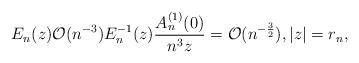
LaTeX: \begin{align*}E_n(z) \mathcal{O}(n^{-3}) E_n^{-1}(z) \frac{A_n^{(1)}(0)}{n^3z} = \mathcal{O}(n^{-\frac{3}{2}}), |z| = r_n,\end{align*}